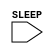
`timescale 1ns/1ps
`celldefine
module HEADX2 (SLEEP);
input SLEEP;



endmodule
`endcelldefine